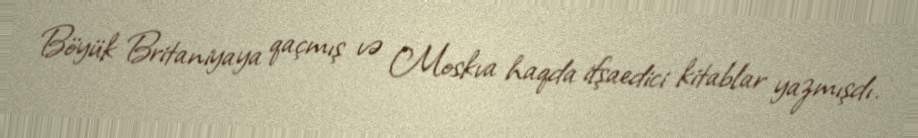
Böyük Britaniyaya qaçmış və Moskva haqda ifşaedici kitablar yazmışdı.